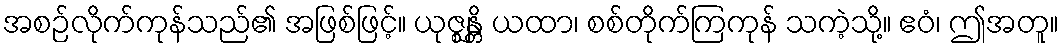
အစဉ်လိုက်ကုန်သည်၏ အဖြစ်ဖြင့်။ ယုဇ္ဈန္တိ ယထာ၊ စစ်တိုက်ကြကုန် သကဲ့သို့။ ဧဝံ၊ ဤအတူ။